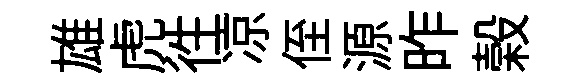
雄虎徃凉侄源昨榖